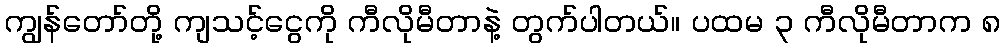
ကျွန်တော်တို့ ကျသင့်ငွေကို ကီလိုမီတာနဲ့ တွက်ပါတယ်။ ပထမ ၃ ကီလိုမီတာက ၈